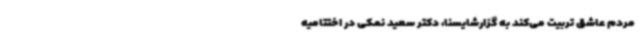
مردم عاشق تربیت می‌کند به گزارشایسنا، دکتر سعید نمکی در اختتامیه